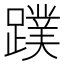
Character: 蹼